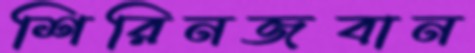
শিরিনজবান